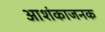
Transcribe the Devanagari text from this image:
आशंकाजनक